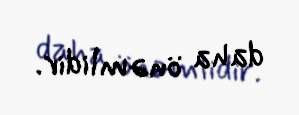
daha önəmlidir.